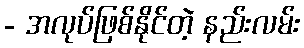
- အလုပ်ဖြစ်နိုင်တဲ့ နည်းလမ်း